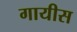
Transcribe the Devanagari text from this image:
गायीस